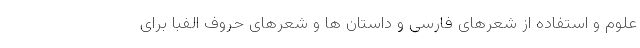
علوم و استفاده از شعرهای فارسی و داستان‌ ها و شعرهای حروف الفبا برای